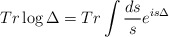
\begin{align*}Tr \log\Delta=Tr\int \frac{ds}{s} e^{is\Delta}\end{align*}